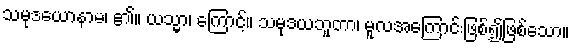
သမုဒယောနာမ၊ ၏။ ယသ္မာ၊ ကြောင့်။ သမုဒယဘူတာ၊ မူလအကြောင်းဖြစ်၍ဖြစ်သော။